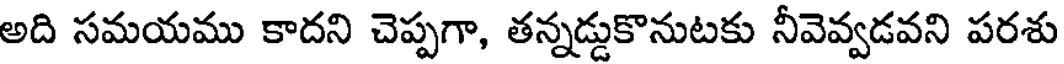
అది సమయము కాదని చెప్పగా, తన్నడ్డుకొనుటకు నీవెవ్వడవని పరశు